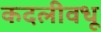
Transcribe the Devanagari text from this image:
कदलीवधू